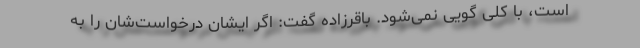
است، با کلی گویی نمی‌شود. باقرزاده گفت: اگر ایشان درخواست‌شان را به